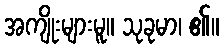
အကျိုးများမူ။ သုခုမာ၊ ၏။